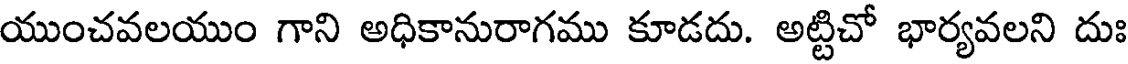
యుంచవలయుం గాని అధికానురాగము కూడదు. అట్టిచో భార్యవలని దుః